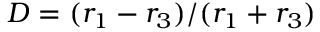
D = ( r _ { 1 } - r _ { 3 } ) / ( r _ { 1 } + r _ { 3 } )